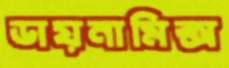
ডায়নামিক্স